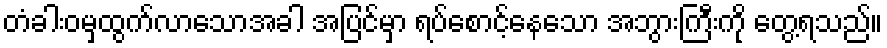
တံခါးဝမှထွက်လာသောအခါ အပြင်မှာ ရပ်စောင့်နေသော အဘွားကြီးကို တွေ့ရသည်။